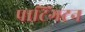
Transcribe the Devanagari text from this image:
पाटिंगटन